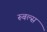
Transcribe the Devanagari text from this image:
रूबल्स